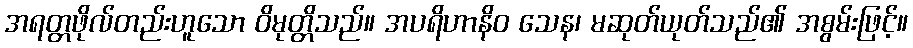
အရတ္တဖိုလ်တည်းဟူသော ဝိမုတ္တိသည်။ အပရိဟာနိဝ သေန၊ မဆုတ်ယုတ်သည်၏ အစွမ်းဖြင့်။